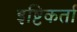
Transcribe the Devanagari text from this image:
इष्टिकर्ता